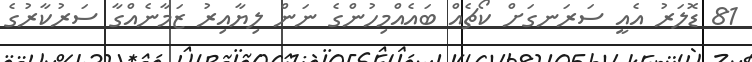
81 ޑޮލަރު އެއީ ސަރަނގަށް ކޯޗެއް ބައެއްމިހުންގެ ނަން ލިޔާއިރު ޒަމާނެއްގާ ސަރުކާރުގެ